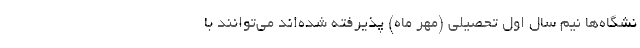
نشگاه‌ها نیم سال اول تحصیلی (مهر ماه) پذیرفته شده‌اند می‌توانند با